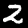
Digit: 2